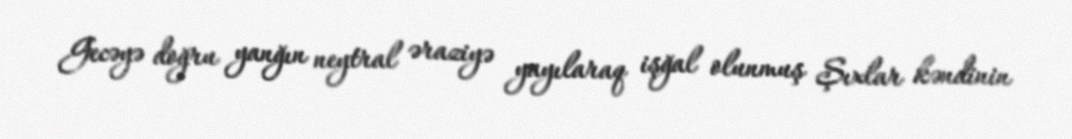
Gecəyə doğru yanğın neytral əraziyə yayılaraq işğal olunmuş Şıxlar kəndinin